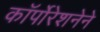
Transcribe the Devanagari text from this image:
कॉर्पोरेशनेने